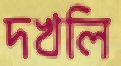
দখলি